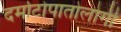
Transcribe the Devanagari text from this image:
दर्माटोपातोलोगी